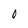
Character: 0